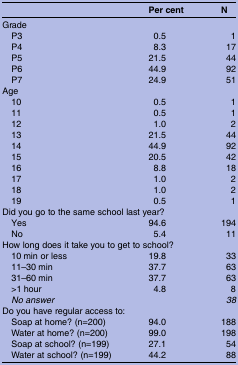
<table><thead><tr><td></td><td><b>Per cent</b></td><td><b>N</b></td></tr></thead><tbody><tr><td colspan="3">Grade</td></tr><tr><td> P3</td><td>0.5</td><td>1</td></tr><tr><td> P4</td><td>8.3</td><td>17</td></tr><tr><td> P5</td><td>21.5</td><td>44</td></tr><tr><td> P6</td><td>44.9</td><td>92</td></tr><tr><td> P7</td><td>24.9</td><td>51</td></tr><tr><td colspan="3">Age</td></tr><tr><td> 10</td><td>0.5</td><td>1</td></tr><tr><td> 11</td><td>0.5</td><td>1</td></tr><tr><td> 12</td><td>1.0</td><td>2</td></tr><tr><td> 13</td><td>21.5</td><td>44</td></tr><tr><td> 14</td><td>44.9</td><td>92</td></tr><tr><td> 15</td><td>20.5</td><td>42</td></tr><tr><td> 16</td><td>8.8</td><td>18</td></tr><tr><td> 17</td><td>1.0</td><td>2</td></tr><tr><td> 18</td><td>1.0</td><td>2</td></tr><tr><td> 19</td><td>0.5</td><td>1</td></tr><tr><td colspan="3">Did you go to the same school last year?</td></tr><tr><td> Yes</td><td>94.6</td><td>194</td></tr><tr><td> No</td><td>5.4</td><td>11</td></tr><tr><td colspan="3">How long does it take you to get to school?</td></tr><tr><td> 10 min or less</td><td>19.8</td><td>33</td></tr><tr><td> 11–30 min</td><td>37.7</td><td>63</td></tr><tr><td> 31–60 min</td><td>37.7</td><td>63</td></tr><tr><td> &gt;1 hour</td><td>4.8</td><td>8</td></tr><tr><td><i> No answer</i></td><td></td><td><i>38</i></td></tr><tr><td colspan="3">Do you have regular access to:</td></tr><tr><td> Soap at home? (n=200)</td><td>94.0</td><td>188</td></tr><tr><td> Water at home? (n=200)</td><td>99.0</td><td>198</td></tr><tr><td> Soap at school? (n=199)</td><td>27.1</td><td>54</td></tr><tr><td> Water at school? (n=199)</td><td>44.2</td><td>88</td></tr></tbody></table>